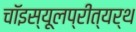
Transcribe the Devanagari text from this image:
चॉइस्यूलप्रीत्यर्थ